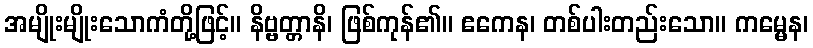
အမျိုးမျိုးသောကံတို့ဖြင့်။ နိဗ္ဗတ္တာနိ၊ ဖြစ်ကုန်၏။ ဧကေန၊ တစ်ပါးတည်းသော။ ကမ္မေန၊